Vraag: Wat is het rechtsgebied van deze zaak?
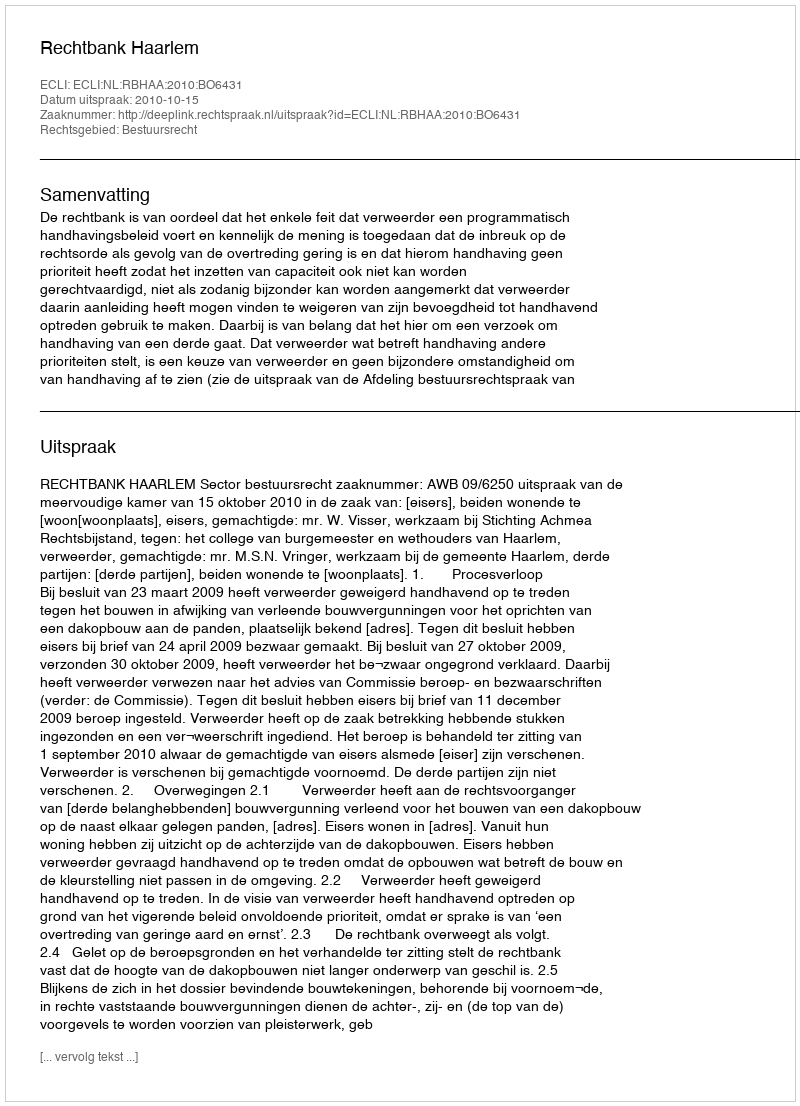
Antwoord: Bestuursrecht